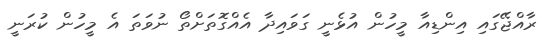
ރާއްޖޭގައި އިންޑިއާ މީހުން އުޅެނީ ގަވައިދާ އެއްގޮތަށްތޯ ނުވަތަ އެ މީހުން ކުރަނީ